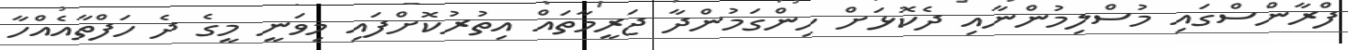
ފްރާންސްގައި މުސްލިމުންނާއި ދެކޮޅަށް ހިންގަމުންދާ ޖަރީމާތައް އިތުރުކޮށްފައި މިވަނީ މީގެ ދެ ހަފްތާއެއްހާ